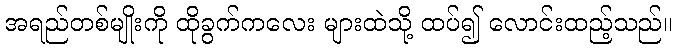
အရည်တစ်မျိုးကို ထိုခွက်ကလေး များထဲသို့ ထပ်၍ လောင်းထည့်သည်။